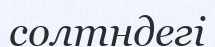
солтндегі